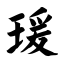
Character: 瑗